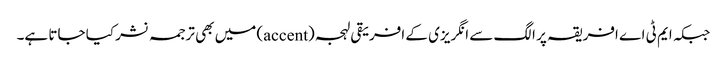
جبکہ ایم ٹی اے افریقہ پر الگ سے انگریزی کے افریقی لہجہ (accent) میں بھی ترجمہ نشر کیا جاتا ہے۔